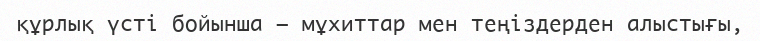
құрлық үсті бойынша — мұхиттар мен теңіздерден алыстығы,